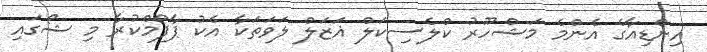
އިންޑިއާގެ އެންމެ މަޝްހޫރު ކްލެސިކަލް ޣަޒަލް ލަވަތަކާ އެކު ޕާފޯމްކުރާ މި ޝޯގައި